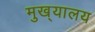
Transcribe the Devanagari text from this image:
मुख्‌यालय